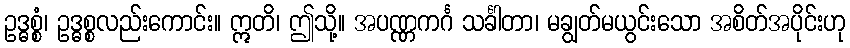
ဥဒ္ဓစ္စံ၊ ဥဒ္ဓစ္စလည်းကောင်း။ ဣတိ၊ ဤသို့။ အပဏ္ဏကင်္ဂ သင်္ခါတာ၊ မချွတ်မယွင်းသော အစိတ်အပိုင်းဟု